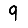
Digit: 9